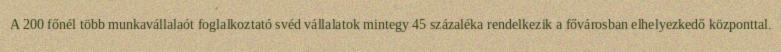
A 200 főnél több munkavállalaót foglalkoztató svéd vállalatok mintegy 45 százaléka rendelkezik a fővárosban elhelyezkedő központtal.